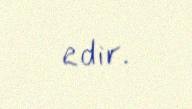
edir.